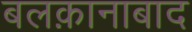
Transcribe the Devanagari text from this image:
बलक़ानाबाद